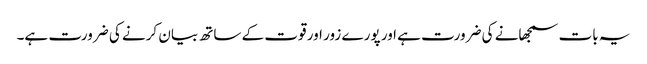
یہ بات سمجھانے کی ضرورت ہے اور پورے زور اور قوت کے ساتھ بیان کرنے کی ضرورت ہے۔